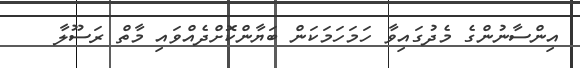
އިންސާނުންގެ މެދުގައިވާ ހަމަހަމަކަން ބަޔާންކޮށްދެއްވައި މާތް ރަސޫލާ